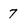
Character: 7